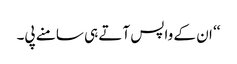
‘‘ ان کے واپس آتے ہی سامنے پی۔